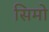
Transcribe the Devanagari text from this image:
सिमो